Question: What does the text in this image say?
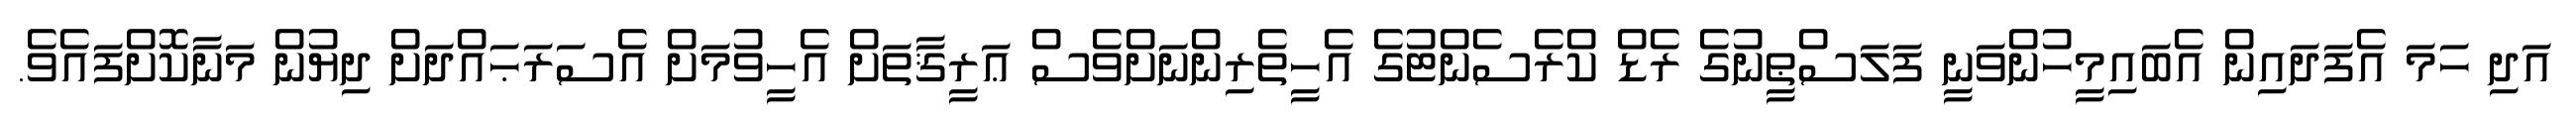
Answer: އަދި ހަމަ އެފަދައިން އެބައިމީހުންވަނީ ފަލަސްޠީނުގެ ރެޑް ކްރެސެންޓުގެ އެހީތެރިންނަށްވެސް ޢަރީޤާތަށް އެހީވުމަށް އެސަރަޙައްދަށް ދިޔުން މަނާކޮށްފައެވެ.